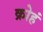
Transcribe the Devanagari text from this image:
क्रोहं